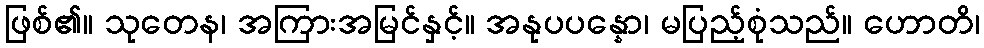
ဖြစ်၏။ သုတေန၊ အကြားအမြင်နှင့်။ အနုပပန္နော၊ မပြည့်စုံသည်။ ဟောတိ၊